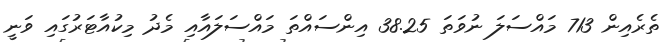
ތެރެއިން 713 މައްސަލަ ނުވަތަ 38.25 އިންސައްތަ މައްސަލައާއި މެދު މިކުއާޓަރުގައި ވަނީ